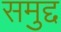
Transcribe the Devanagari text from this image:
समुद्द